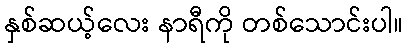
နှစ်ဆယ့်လေး နာရီကို တစ်သောင်းပါ။